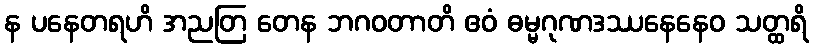
န ပနေတရဟိ အညတြ တေန ဘဂဝတာတိ ဧဝံ ဓမ္မဂုဏဒဿနေနေဝ သတ္ထရိ